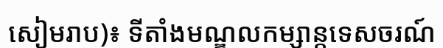
សៀមរាប)៖ ទីតាំងមណ្ឌលកម្សាន្តទេសចរណ៍